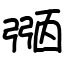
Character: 𢐀